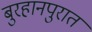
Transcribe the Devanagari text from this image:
बुरहानपुरात